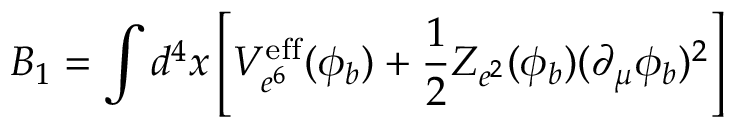
B _ { 1 } = \int d ^ { 4 } x \left[ V _ { e ^ { 6 } } ^ { \mathrm { e f f } } ( \phi _ { b } ) + \frac { 1 } { 2 } Z _ { e ^ { 2 } } ( \phi _ { b } ) ( \partial _ { \mu } \phi _ { b } ) ^ { 2 } \right]